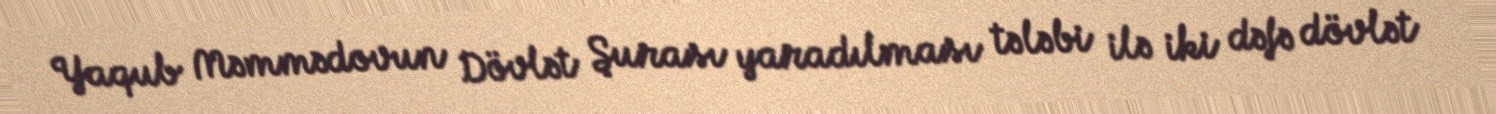
Yaqub Məmmədovun Dövlət Şurası yaradılması tələbi ilə iki dəfə dövlət